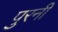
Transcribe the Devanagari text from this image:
पुरनी